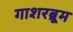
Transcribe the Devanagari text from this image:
गाशरब्रूम